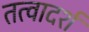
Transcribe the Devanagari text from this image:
तत्वादर्श